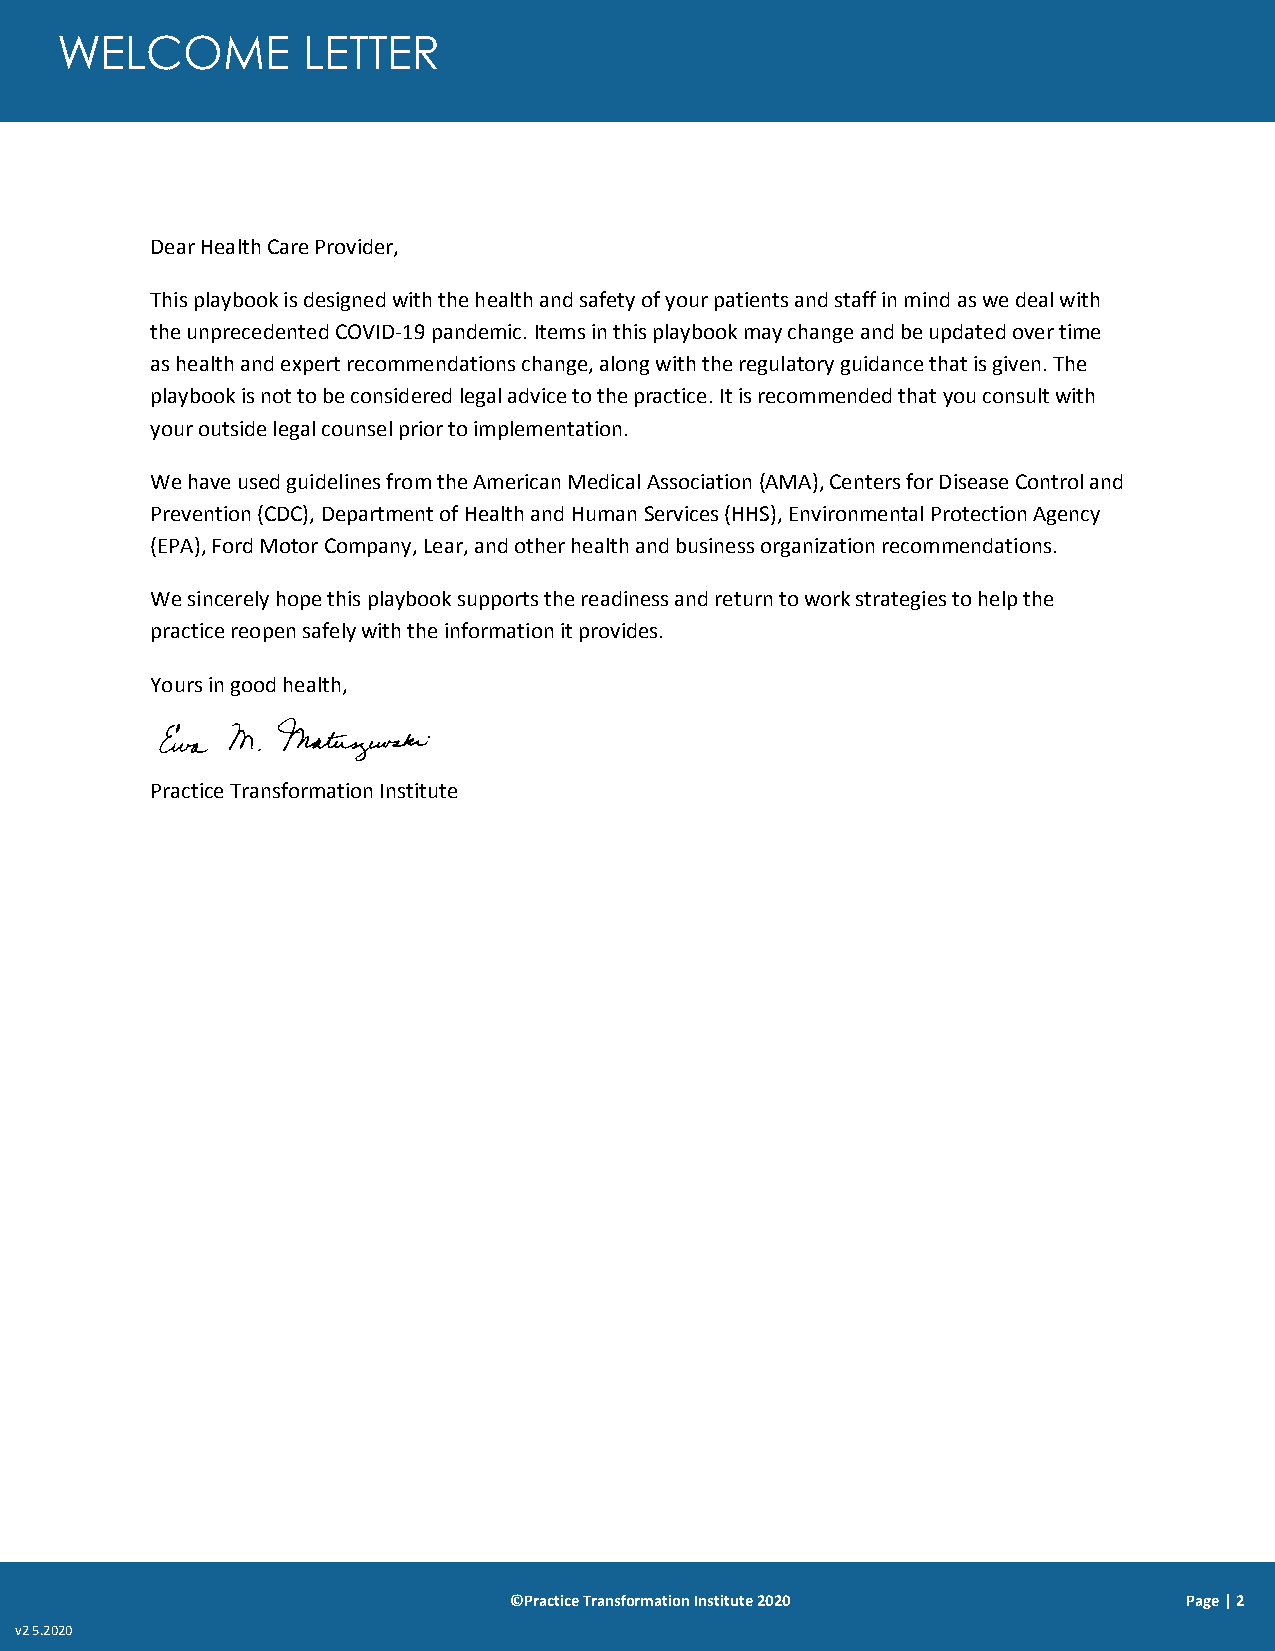
WELCOME         LETTER
 Dear Health Care Provider,
 This playbook is designed with the health and safety of your patients and staff in mind as we deal with
 the unprecedented COVID-19 pandemic. Items in this playbook may change and be updated over time
 as health and expert recommendations change, along with the regulatory guidance that is given. The
 playbook is not to be considered legal advice to the practice. It is recommended that you consult with
 your outside legal counsel prior to implementation.
 We have used guidelines from the American Medical Association (AMA), Centers for Disease Control and
 Prevention (CDC), Department of Health and Human Services (HHS), Environmental Protection Agency
 (EPA), Ford Motor Company, Lear, and other health and business organization recommendations.
 We sincerely hope this playbook supports the readiness and return to work strategies to help the
 practice reopen safely with the information it provides.
 Yours in good health,
 Practice Transformation Institute
 ©Practice Transformation Institute 2020      Page | 2
 v2 5.2020